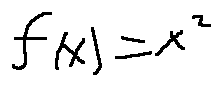
f ( x ) = x ^ { 2 }